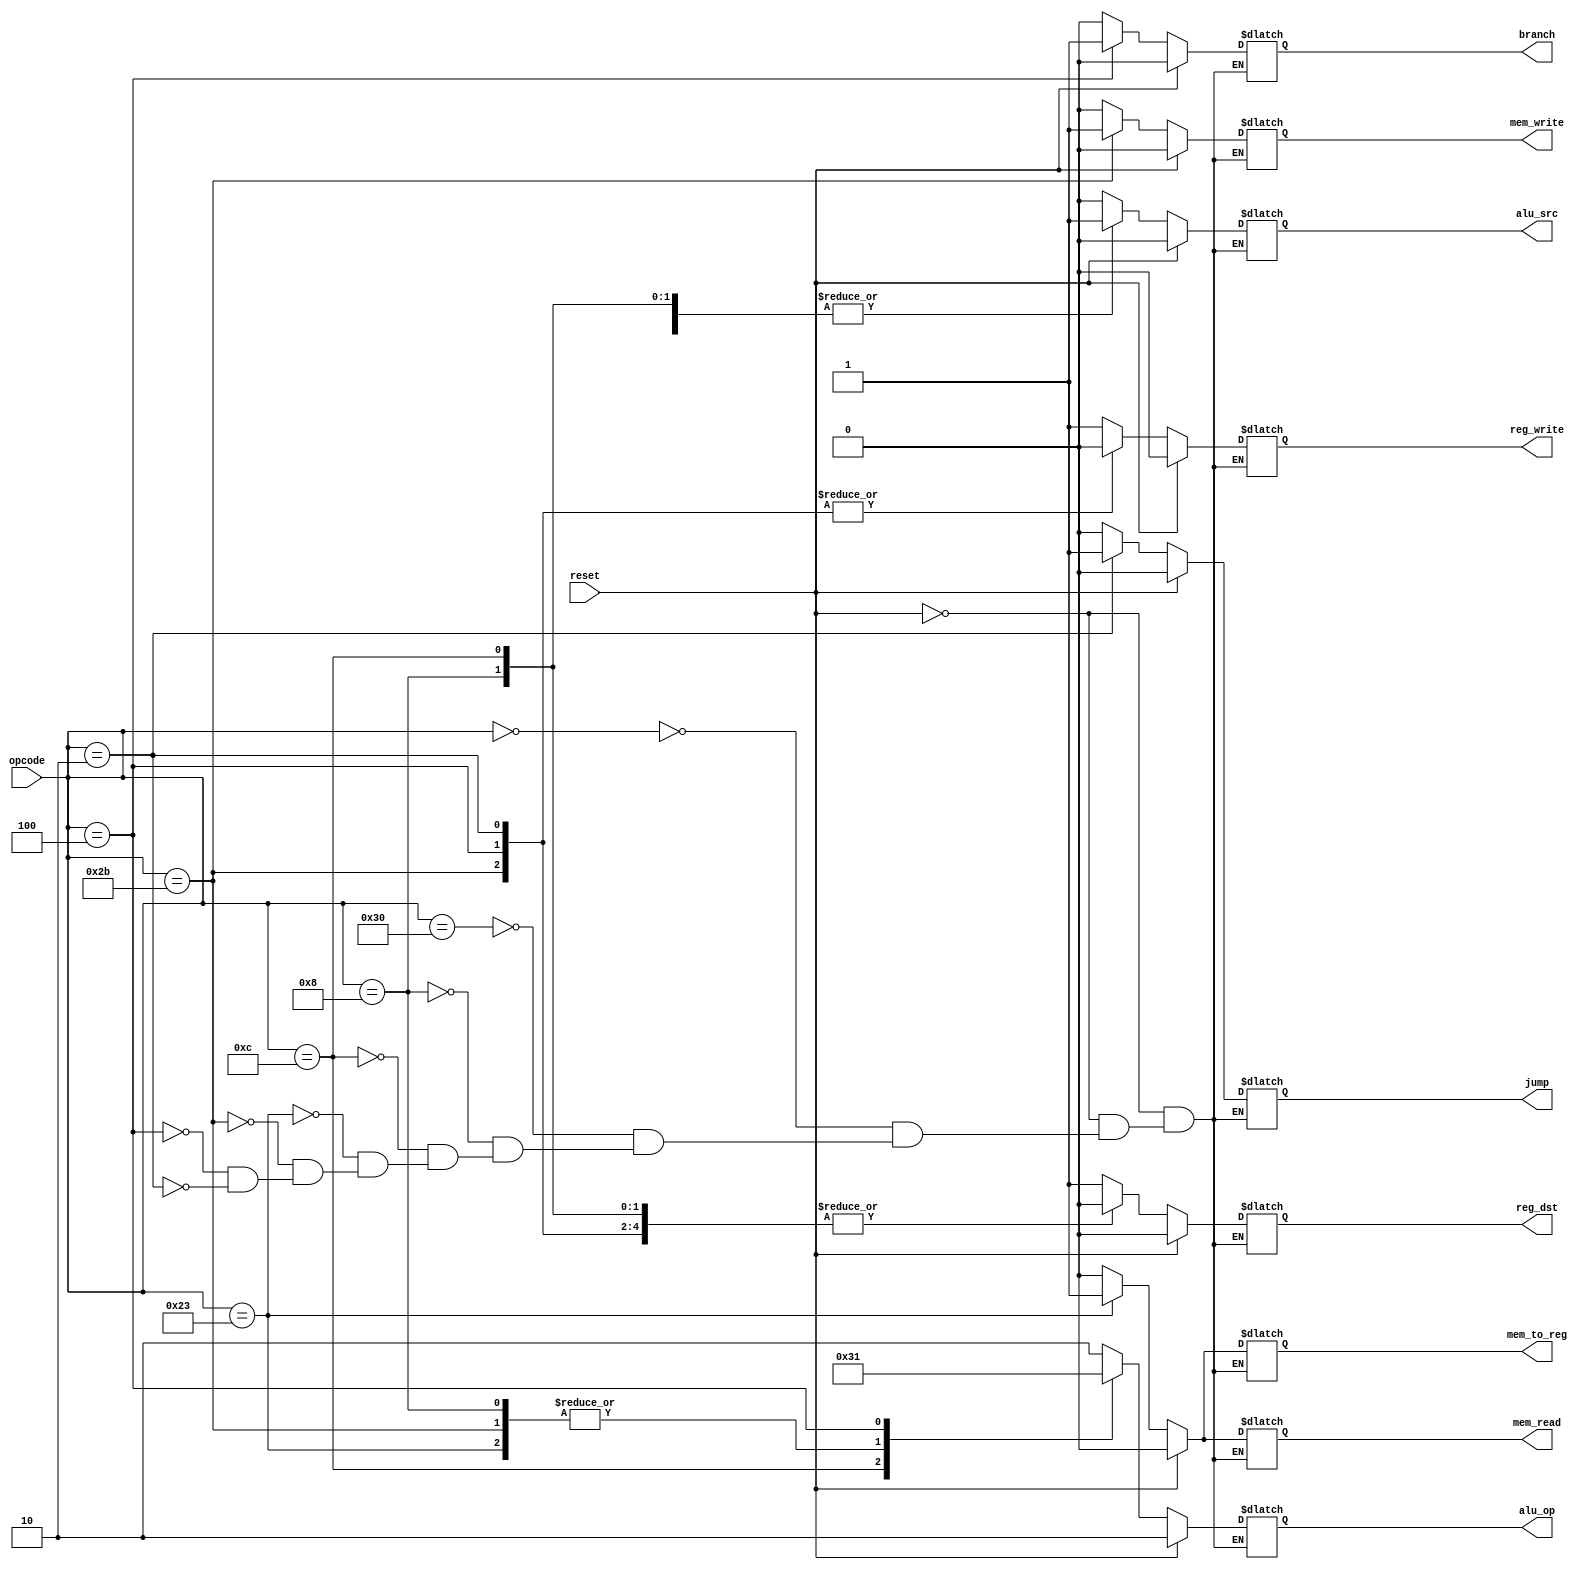
`timescale 1ns / 1ps
//////////////////////////////////////////////////////////////////////////////////
// Company: 
// Engineer: 
// 
// Design Name: 
// Module Name: control
// Project Name: 
// Target Devices: 
// Tool Versions: 
// Description: 
// 
// Dependencies: 
// 
// Revision:
// Revision 0.01 - File Created
// Additional Comments:
// 
//////////////////////////////////////////////////////////////////////////////////


module control(
    input reset,
    input[5:0] opcode,  
    output reg reg_dst, mem_to_reg, 
    output reg [1:0] alu_op,  
    output reg mem_read, mem_write, alu_src, reg_write, branch, jump 
    );


always @(*)  
 begin  
      if(reset == 1'b1) begin  
                reg_dst = 1'b0;  
                mem_to_reg = 1'b0;  
                alu_op = 2'b10;  
                mem_read = 1'b0;  
                mem_write = 1'b0;  
                alu_src = 1'b0;  
                reg_write = 1'b0;  
                branch = 1'b0;   
                jump = 1'b0;  
      end  
      else begin  
      case(opcode)   
      6'b000000: begin // add, and, nor, or, slt, sub, xor, mult, div
                reg_dst = 1'b1;  
                mem_to_reg = 1'b0;  
                alu_op = 2'b10;  
                mem_read = 1'b0;  
                mem_write = 1'b0;  
                alu_src = 1'b0;  
                reg_write = 1'b1; 
                branch = 1'b0;    
                jump = 1'b0; 
                end
      6'b110000: begin //sll, srl, sra
                reg_dst = 1'b1;  
                mem_to_reg = 1'b0;  
                alu_op = 2'b10;  
                mem_read = 1'b0;  
                mem_write = 1'b0;  
                alu_src = 1'b1;  
                reg_write = 1'b1; 
                branch = 1'b0;   
                jump = 1'b0; 
                end 
      6'b001000: begin // addi 
                reg_dst = 1'b0;  
                mem_to_reg = 1'b0;  
                alu_op = 2'b00;  
                mem_read = 1'b0;  
                mem_write = 1'b0;  
                alu_src = 1'b1;  
                reg_write = 1'b1;  
                branch = 1'b0; 
                jump = 1'b0;   
                end 
      6'b001100: begin // andi 
                reg_dst = 1'b0;  
                mem_to_reg = 1'b0;  
                alu_op = 2'b11;  
                mem_read = 1'b0;  
                mem_write = 1'b0;  
                alu_src = 1'b1;  
                reg_write = 1'b1; 
                branch = 1'b0; 
                jump = 1'b0;    
                end 
      
      6'b100011: begin // lw  
                reg_dst = 1'b0;  
                mem_to_reg = 1'b1;  
                alu_op = 2'b00;    
                mem_read = 1'b1;  
                mem_write = 1'b0;  
                alu_src = 1'b1;  
                reg_write = 1'b1;   
                branch = 1'b0;
                jump = 1'b0;  
                end  
   
      6'b101011: begin // sw  
                reg_dst = 1'b0;  
                mem_to_reg = 1'b0;  
                alu_op = 2'b00;    
                mem_read = 1'b0;  
                mem_write = 1'b1;  
                alu_src = 1'b1;  
                reg_write = 1'b0; 
                branch = 1'b0; 
                jump = 1'b0;  
                end  
      6'b000100: begin // beq  
                reg_dst = 1'b0;  
                mem_to_reg = 1'b0;  
                alu_op = 2'b01;    
                mem_read = 1'b0;  
                mem_write = 1'b0;  
                alu_src = 1'b0;  
                reg_write = 1'b0;  
                branch = 1'b1; 
                jump = 1'b0; 
                end  
      6'b000010: begin // jump  
                reg_dst = 1'b0;  
                mem_to_reg = 1'b0;  
                alu_op = 2'bxx;    
                mem_read = 1'b0;  
                mem_write = 1'b0;  
                alu_src = 1'b0;  
                reg_write = 1'b0;  
                branch = 1'b0;
                jump = 1'b1; 
                end 
      
      endcase  
      end  
 end 
 endmodule